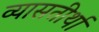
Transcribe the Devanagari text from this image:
व्यासतीर्था